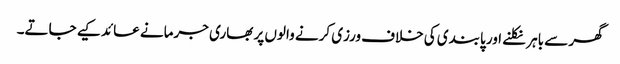
گھر سے باہر نکلنے اور پابندی کی خلاف ورزی کرنے والوں پر بھاری جرمانے عائد کیے جاتے۔